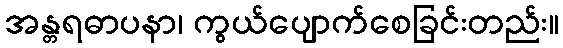
အန္တရဓာပနာ၊ ကွယ်ပျောက်စေခြင်းတည်း။